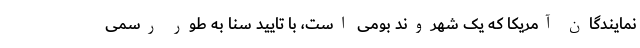
نمایندگان آمریکا که یک شهروند بومی است، با تأیید سنا به طور رسمی